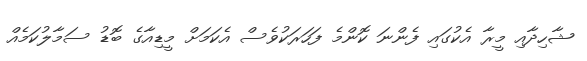
ޝާހިދާއި މީރާ އެކުގައި ފެންނަ ކޮންމެ ފަހަރަކުވެސް އެކަމަށް މީޑިއާގެ ބޮޑު ސަމާލުކަމެއް